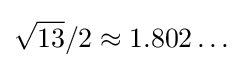
{\sqrt {13}}/2\approx 1.802\ldots